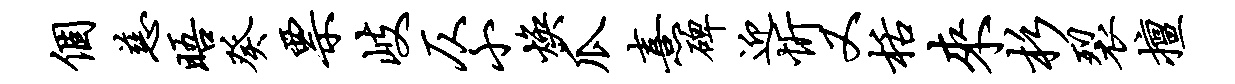
个慈晤癸票岐仄小焕瓜熹碑迎忻又栝来杉裂擅